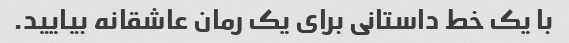
با یک خط داستانی برای یک رمان عاشقانه بیایید.